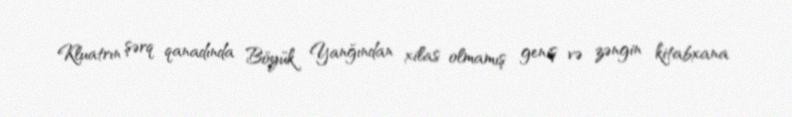
Kluatrın şərq qanadında Böyük Yanğından xilas olmamış geniş və zəngin kitabxana